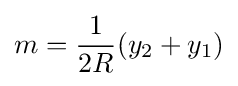
m={\frac {1}{2R}}(y_{2}+y_{1})